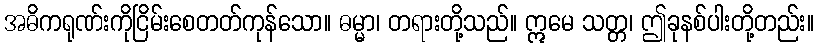
အဓိကရုဏ်းကိုငြိမ်းစေတတ်ကုန်သော။ ဓမ္မာ၊ တရားတို့သည်။ ဣမေ သတ္တ၊ ဤခုနစ်ပါးတို့တည်း။